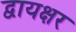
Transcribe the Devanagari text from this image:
द्वायक्षर